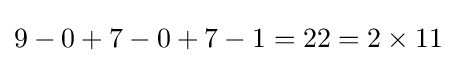
9-0+7-0+7-1=22=2\times 11